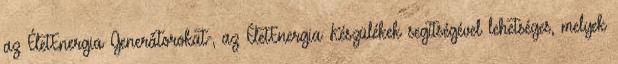
az ÉletEnergia Generátorokat-, az ÉletEnergia Készülékek segítségével lehetséges, melyek